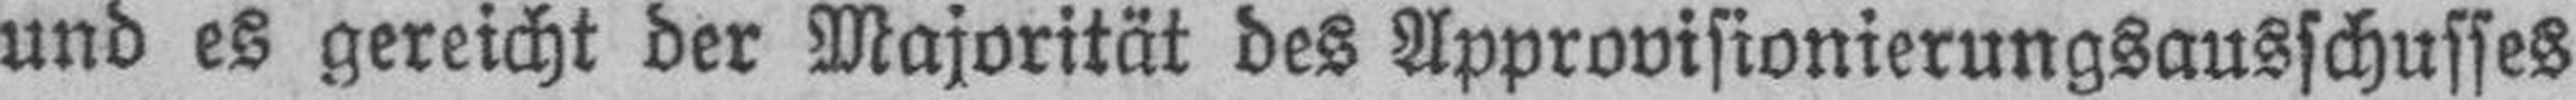
und es gereicht der Majorität des Approvisionierungsausschusses